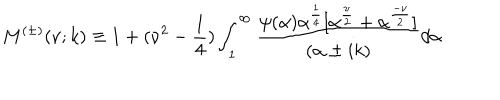
LaTeX: M ^ { ( \pm ) } ( \nu ; k ) \equiv 1 + ( \nu ^ { 2 } - \frac { 1 } { 4 } ) \int _ { 1 } ^ { \infty } \frac { \psi ( \alpha ) \alpha ^ { \frac { 1 } { 4 } } [ \alpha ^ { \frac { \nu } { 2 } } + \alpha ^ { \frac { - \nu } { 2 } } ] } { ( \alpha \pm i k ) } d \alpha